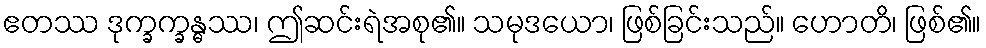
ဧတဿ ဒုက္ခက္ခန္ဓဿ၊ ဤဆင်းရဲအစု၏။ သမုဒယော၊ ဖြစ်ခြင်းသည်။ ဟောတိ၊ ဖြစ်၏။